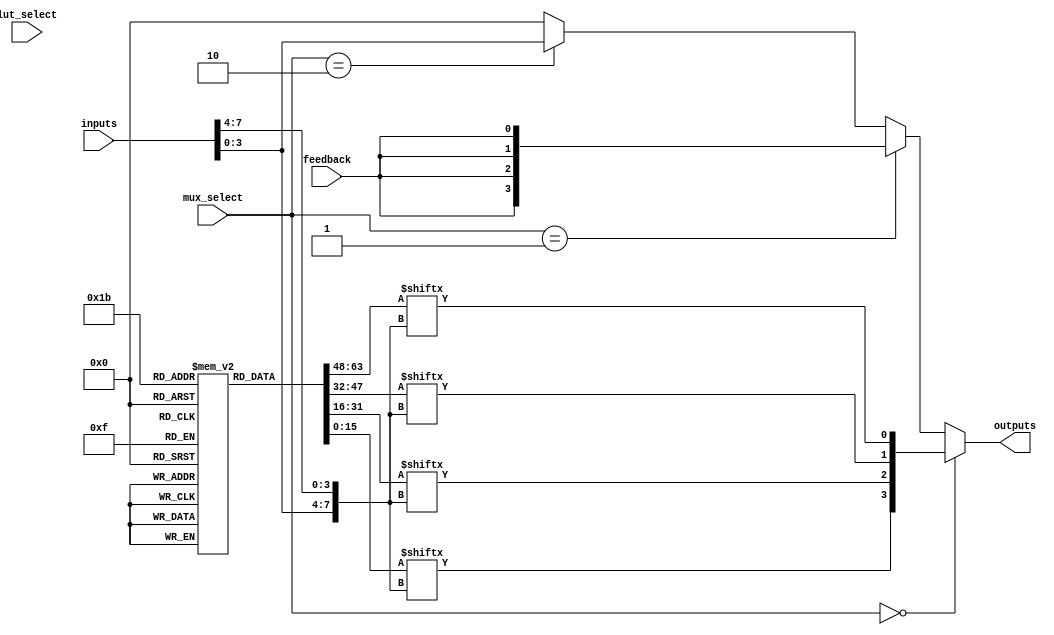
module CLB (
    input wire [7:0] inputs,       // 8 input lines
    input wire [3:0] lut_select,   // LUT select signals
    input wire [1:0] mux_select,   // MUX select signals
    input wire feedback,            // Feedback input
    output wire [3:0] outputs       // 4 output lines
);

// LUTs - 4 LUTs each capable of implementing a 4-input function
reg [15:0] lut [3:0]; // 4 LUTs with 16 entries each (4-input)
wire [3:0] lut_out;

// Initialize LUTs with example truth tables
initial begin
    // Example truth tables for LUTs
    lut[0] = 16'b0000000000000001; // LUT0: f0 = A0
    lut[1] = 16'b0000000000000010; // LUT1: f1 = A1
    lut[2] = 16'b0000000000000100; // LUT2: f2 = A2
    lut[3] = 16'b0000000000001000; // LUT3: f3 = A3
end

// LUT output logic
generate
    genvar i;
    for (i = 0; i < 4; i = i + 1) begin : lut_logic
        assign lut_out[i] = lut[i][{inputs[3:0], inputs[7:4]}]; // 4-bit input to LUT
    end
endgenerate

// MUX for selecting outputs
wire [3:0] mux_out;
assign mux_out = (mux_select == 2'b00) ? lut_out : // Select LUT outputs
                 (mux_select == 2'b01) ? {feedback, feedback, feedback, feedback} : // Feedback
                 (mux_select == 2'b10) ? {inputs[3:0]} : // Direct inputs
                 4'b0000; // Default case

// Final outputs
assign outputs = mux_out;

endmodule